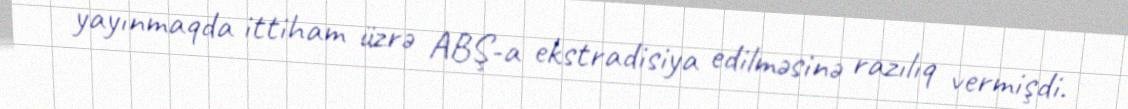
yayınmaqda ittiham üzrə ABŞ-a ekstradisiya edilməsinə razılıq vermişdi.